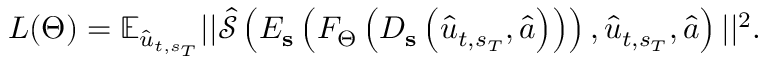
L ( \Theta ) = \mathbb { E } _ { \hat { u } _ { t , s _ { T } } } | | \hat { \mathcal { S } } \left( E _ { \mathbf { s } } \left( F _ { \Theta } \left( D _ { \mathbf { s } } \left( \hat { u } _ { t , s _ { T } } , \hat { a } \right) \right) \right) , \hat { u } _ { t , s _ { T } } , \hat { a } \right) | | ^ { 2 } .